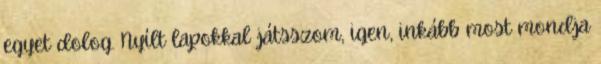
egyet dolog. Nyílt lapokkal játsszom, igen, inkább most mondja